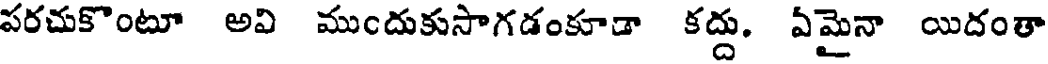
పరచుకొంటూ అవి ముందుకుసాగడంకూడా కద్దు. ఏమైనా యిదంతా